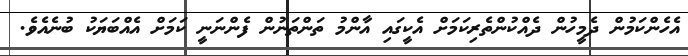
އެހެންކަމުން ދެމީހުން ދެއްކުންތެރިކަމަށް އެކީގައި އާންމު ތަންތަނުން ފެންނަނީ ކަމަށް އެއްބަޔަކު ބުނެއެވެ.